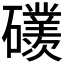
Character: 𥗢